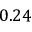
0 . 2 4